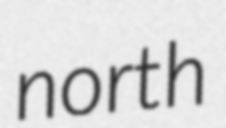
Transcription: north